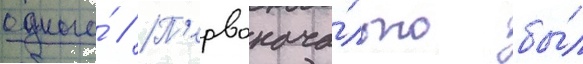
одного́ // П'ервонача́льно бы́л